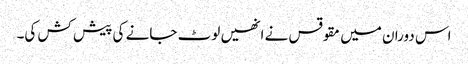
اس دوران میں مقوقس نے انھیں لوٹ جانے کی پیش کش کی۔